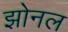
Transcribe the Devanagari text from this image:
झोनल